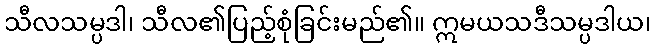
သီလသမ္ပဒါ၊ သီလ၏ပြည့်စုံခြင်းမည်၏။ ဣမယသဒီသမ္ပဒါယ၊